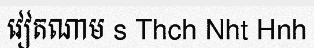
វៀតណាម s Thch Nht Hnh